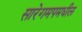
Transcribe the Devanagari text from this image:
सारेगमपमधील